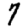
Digit: 7